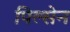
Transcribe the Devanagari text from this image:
पिल्सेन